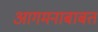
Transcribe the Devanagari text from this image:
आगमनाबाबत